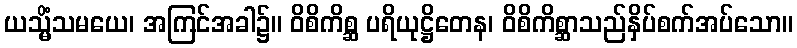
ယသ္မိံသမယေ၊ အကြင်အခါ၌။ ဝိစိကိစ္ဆ ပရိယုဋ္ဌိတေန၊ ဝိစိကိစ္ဆာသည်နှိပ်စက်အပ်သော။